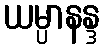
ယမ္ပာနန္ဒ